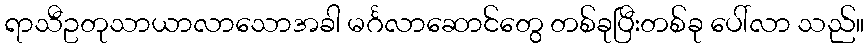
ရာသီဥတုသာယာလာသောအခါ မင်္ဂလာဆောင်တွေ တစ်ခုပြီးတစ်ခု ပေါ်လာ သည်။